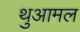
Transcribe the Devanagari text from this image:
थुआमल